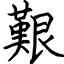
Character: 艱